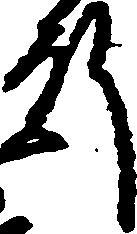
殿